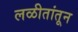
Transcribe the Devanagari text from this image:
लळीतांतून